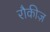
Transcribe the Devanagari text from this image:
रौकीज़